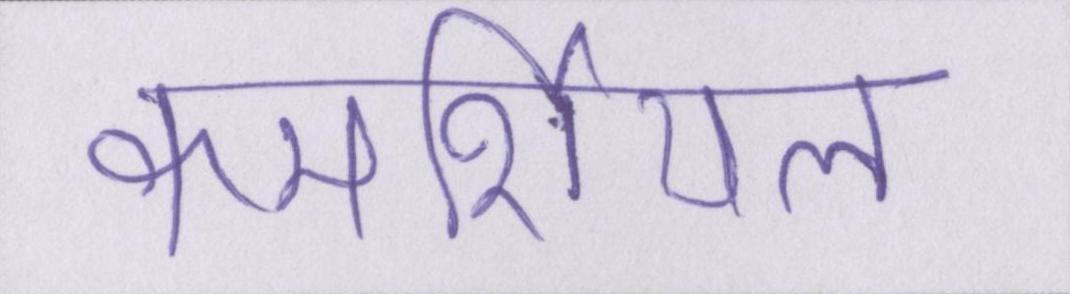
कमर्शियल